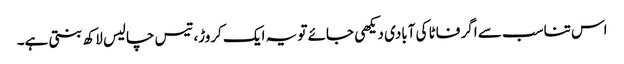
اس تناسب سے اگر فاٹا کی آبادی دیکھی جائے تو یہ ایک کروڑ، تیس چالیس لاکھ بنتی ہے۔